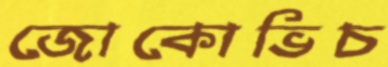
জোকোভিচ